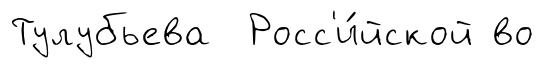
Тулубьева Росс'и́йской во